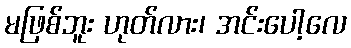
မဖြစ်ဘူး ဟုတ်လား၊ အင်းပေါ့လေ